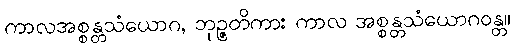
ကာလအစ္စန္တသံယောဂ, ဘုဉ္ဇတိကား ကာလ အစ္စန္တသံယောဂဝန္တ။